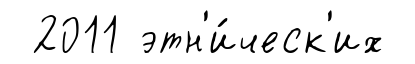
2011 этн'и́ческ'их